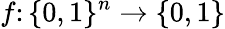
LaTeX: f\colon\{ 0,1\} ^{n}\rightarrow\{ 0,1\}